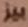
بيز